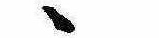
ゝ